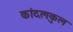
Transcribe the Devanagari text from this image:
कांदलकुल